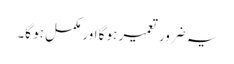
یہ ضرور تعمیر ہو گا اور مکمل ہو گا۔